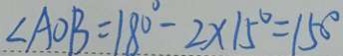
\angle A O B = 1 8 0 ^ { \circ } - 2 \times 1 5 ^ { \circ } = 1 5 0 ^ { \circ }